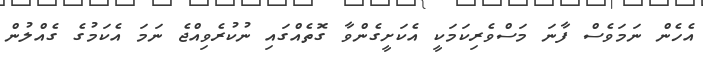
އެހެން ނަމަވެސް ފާނަ މަސްވެރިކަމަކީ އެކަށީގެންވާ ގޮތެއްގައި ނުކުރެވިއްޖެ ނަމަ އެކަމުގެ ގެއްލުން